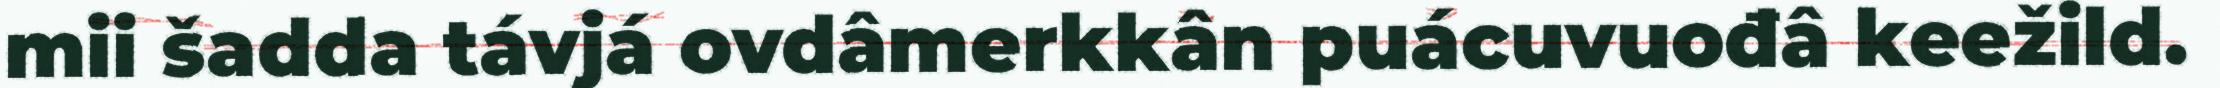
mii šadda távjá ovdâmerkkân puácuvuođâ keežild.